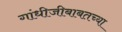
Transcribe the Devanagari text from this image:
गांधीजीबाबतच्या